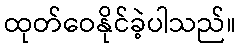
ထုတ်ဝေနိုင်ခဲ့ပါသည်။